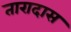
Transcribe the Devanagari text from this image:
तारादास